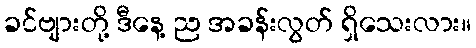
ခင်ဗျားတို့ ဒီနေ့ ည အခန်းလွတ် ရှိသေးလား။